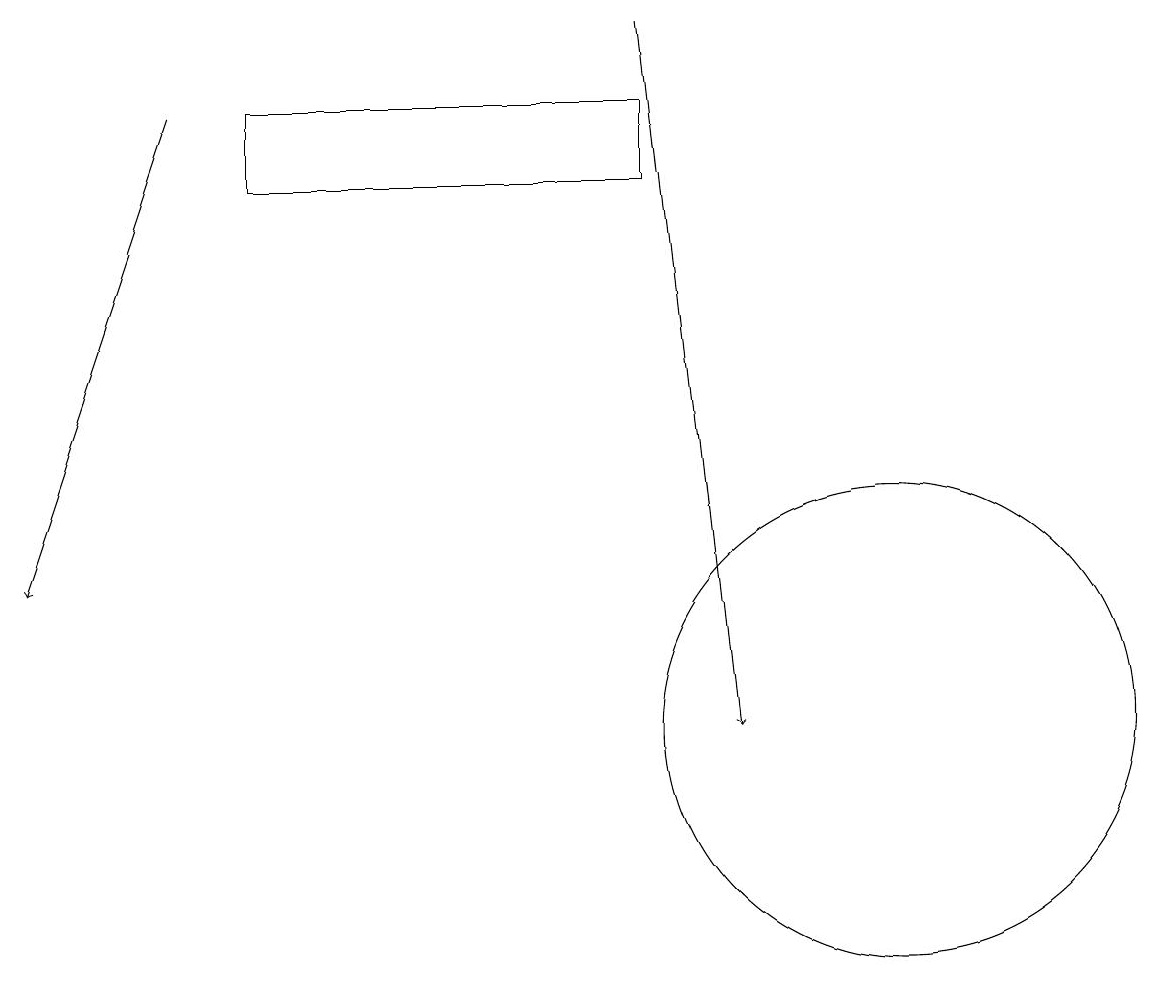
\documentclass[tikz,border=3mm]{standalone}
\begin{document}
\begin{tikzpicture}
\draw[->] (2,18) -- (0,12);
\draw[->] (8,19) -- (9,10);
\draw (3,18) rectangle (8,17);
\draw (11,10) circle (3);
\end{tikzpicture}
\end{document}